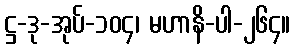
ဋ္ဌ-ဒု-အုပ်-၁၀၄၊ မဟာနိ-ပါ-၂၆၄။